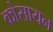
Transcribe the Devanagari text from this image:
कोसायन